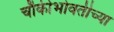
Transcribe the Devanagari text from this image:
चौकीभोवतीच्या